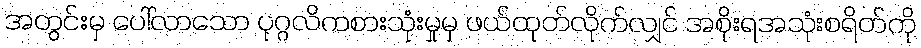
အတွင်းမှ ပေါ်လာသော ပုဂ္ဂလိကစားသုံးမှုမှ ဖယ်ထုတ်လိုက်လျှင် အစိုးရအသုံးစရိတ်ကို